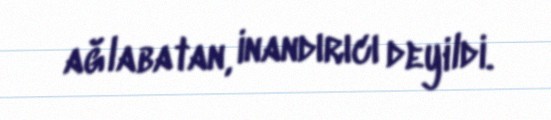
ağlabatan, inandırıcı deyildi.